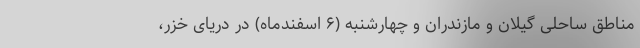
مناطق ساحلی گیلان و مازندران و چهارشنبه (۶ اسفندماه) در دریای خزر،